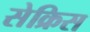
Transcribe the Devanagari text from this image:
सेक्रिस